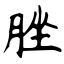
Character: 脞